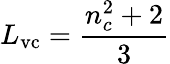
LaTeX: L_{\mathrm{vc}}=\frac{n_{c}^{2}+2}{3}